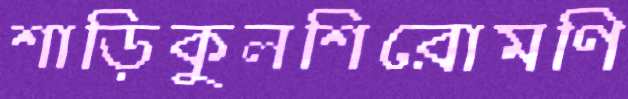
শাড়িকুলশিরোমণি